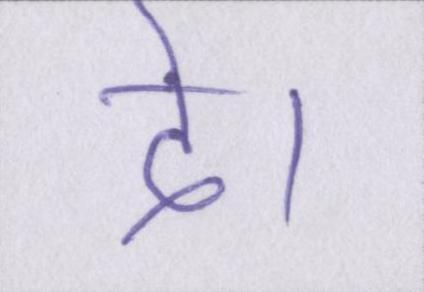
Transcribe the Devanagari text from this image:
दे।